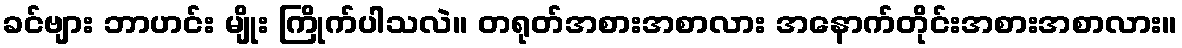
ခင်ဗျား ဘာဟင်း မျိုး ကြိုက်ပါသလဲ။ တရုတ်အစားအစာလား အနောက်တိုင်းအစားအစာလား။